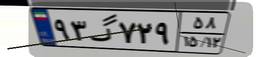
۹۳گ۷۲۹۵۸